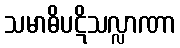
သမာဓိပဋိသလ္လာဏာ